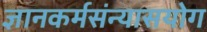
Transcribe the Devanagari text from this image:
ज्ञानकर्मसंन्यासयोग